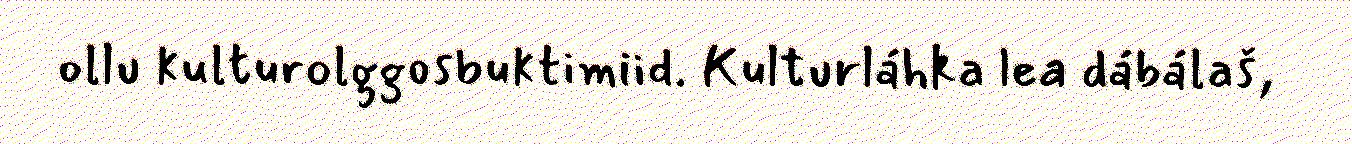
ollu kulturolggosbuktimiid. Kulturláhka lea dábálaš,